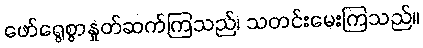
ဖော်ရွေစွာနှုတ်ဆက်ကြသည်၊ သတင်းမေးကြသည်။